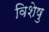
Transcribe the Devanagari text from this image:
विशेषु